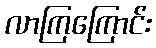
လာကြကြောင်း